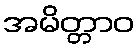
အမိတ္တာဝ